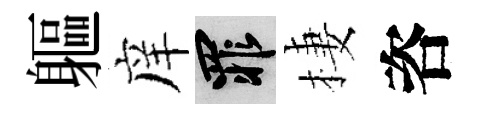
軀庠罪棲咨